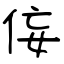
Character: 侫